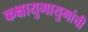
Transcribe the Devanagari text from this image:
कक्षायुगायुगांची